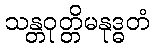
သန္တဝုတ္တိမနုဒ္ဓတံ